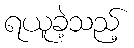
ရယူခဲ့သည့်